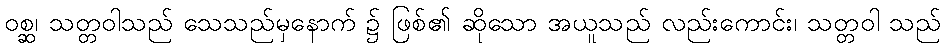
ဝစ္ဆ၊ သတ္တဝါသည် သေသည်မှနောက် ၌ ဖြစ်၏ ဆိုသော အယူသည် လည်းကောင်း၊ သတ္တဝါ သည်